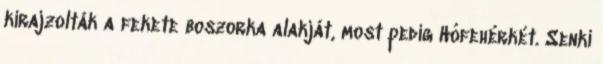
kirajzolták a fekete boszorka alakját, most pedig Hófehérkét. Senki